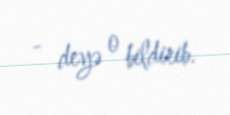
- deyə o bildirib.